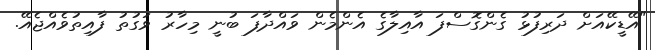
"އޭޑީކޭއަށް ދަރިފުޅު ގެންގޮސްފަ އާއިލާގެ އެންމެން ވައްދާފަ ބުނީ މިހާރު ވަގުތު ފާއިތުވެއްޖެއޭ.